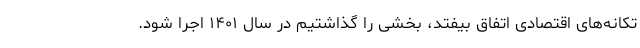
تکانه‌های اقتصادی اتفاق بیفتد، بخشی را گذاشتیم در سال ۱۴۰۱ اجرا شود.